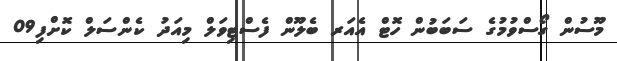
މޫސުން ގޯސްވުމުގެ ސަބަބުން ހޮޓް އެއަރ ބެލޫން ފެސްޓިވަލް މިއަދު ކެންސަލް ކޮށްފި09